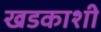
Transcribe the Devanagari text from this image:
खडकाशी